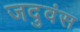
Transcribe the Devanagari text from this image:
जदुवंस